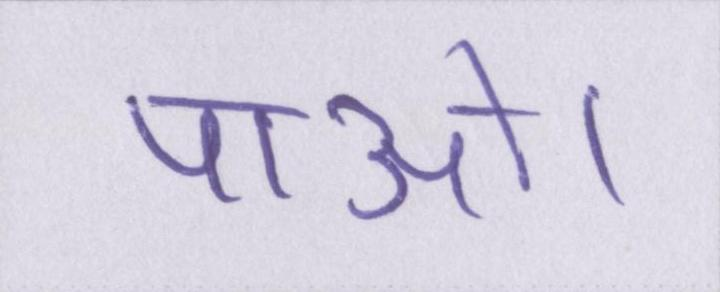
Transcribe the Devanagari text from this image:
पाओ।